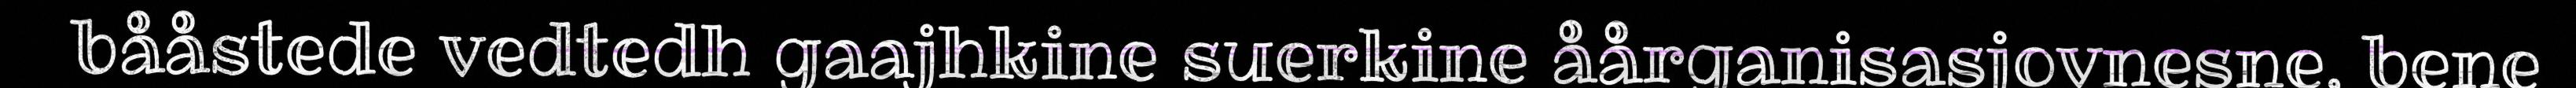
bååstede vedtedh gaajhkine suerkine åårganisasjovnesne, bene